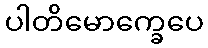
ပါတိမောက္ခေပေ